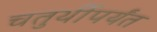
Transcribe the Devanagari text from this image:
चतुर्थीपर्यंत